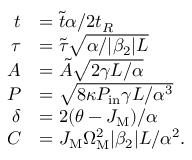
\begin{array} { r l } { t } & { = \tilde { t } \alpha / 2 t _ { R } } \\ { \tau } & { = \tilde { \tau } \sqrt { \alpha / | \beta _ { 2 } | L } } \\ { A } & { = \tilde { A } \sqrt { 2 \gamma L / \alpha } } \\ { P } & { = \sqrt { 8 \kappa P _ { \mathrm { i n } } \gamma L / \alpha ^ { 3 } } } \\ { \delta } & { = 2 ( \theta - J _ { \mathrm { M } } ) / \alpha } \\ { C } & { = J _ { \mathrm { M } } \Omega _ { \mathrm { M } } ^ { 2 } | \beta _ { 2 } | L / \alpha ^ { 2 } . } \end{array}